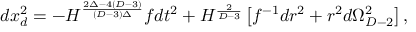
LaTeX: d x _ { d } ^ { 2 } = - H ^ { \frac { 2 \Delta - 4 ( D - 3 ) } { ( D - 3 ) \Delta } } f d t ^ { 2 } + H ^ { \frac { 2 } { D - 3 } } \left[ f ^ { - 1 } d r ^ { 2 } + r ^ { 2 } d \Omega _ { D - 2 } ^ { 2 } \right] ,